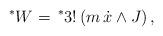
LaTeX: \begin{align*}^{\ast }W=\,^{*}3!\left( m\,\dot{x}\wedge J\right) ,\end{align*}